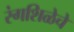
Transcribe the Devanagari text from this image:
रंगशिळेचे